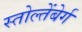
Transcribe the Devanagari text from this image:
स्तोल्तेंबेर्ग